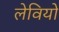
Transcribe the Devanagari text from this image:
लेवियों